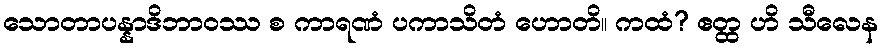
သောတာပန္နာဒိဘာဝဿ စ ကာရဏံ ပကာသိတံ ဟောတိ။ ကထံ? ဧတ္ထ ဟိ သီလေန